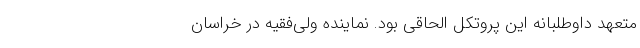
متعهد داوطلبانه این پروتکل الحاقی بود. نماینده ولی‌فقیه در خراسان